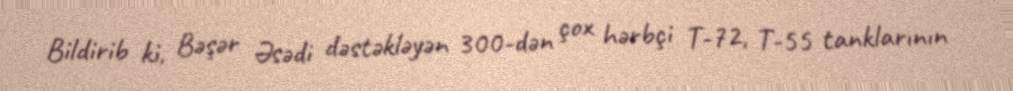
Bildirib ki, Bəşər Əsədi dəstəkləyən 300-dən çox hərbçi T-72, T-55 tanklarının